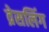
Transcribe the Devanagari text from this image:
व्रेसलिंग